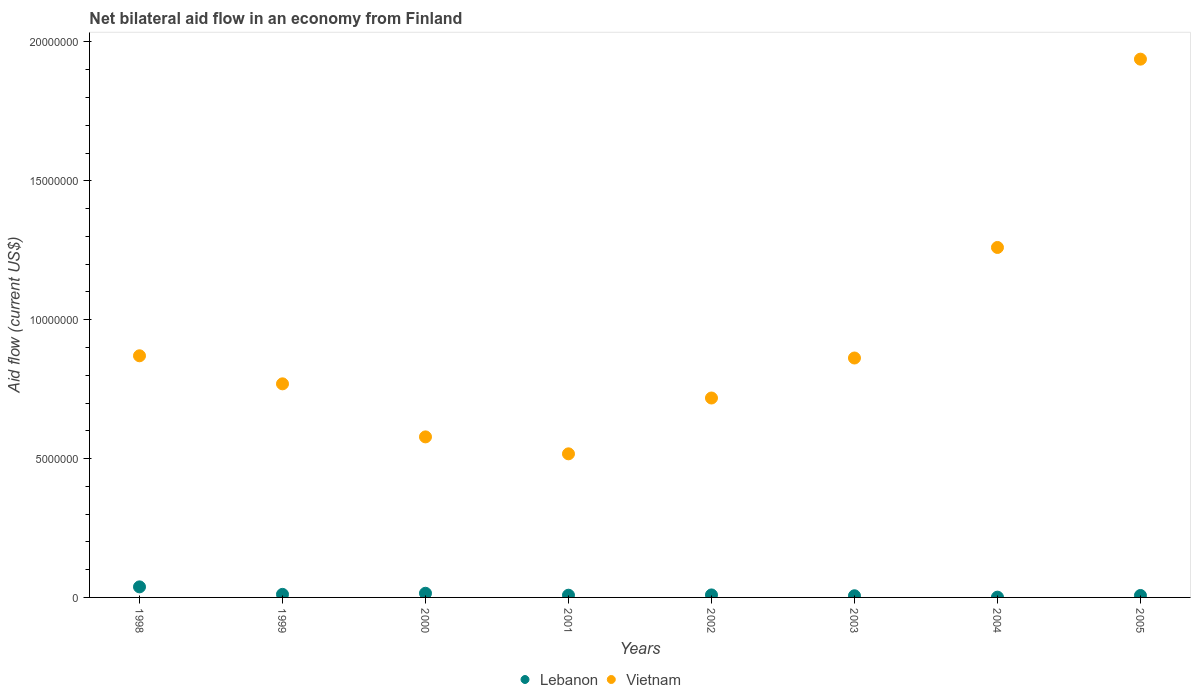
| Years | Lebanon | Vietnam |
 | --- | --- | --- |
 | 1998 | 3.8e+05 | 8.7e+06 |
 | 1999 | 1.1e+05 | 7.69e+06 |
 | 2000 | 1.5e+05 | 5.78e+06 |
 | 2001 | 8e+04 | 5.17e+06 |
 | 2002 | 9e+04 | 7.18e+06 |
 | 2003 | 6e+04 | 8.62e+06 |
 | 2004 | 1e+04 | 1.26e+07 |
 | 2005 | 7e+04 | 1.94e+07 |